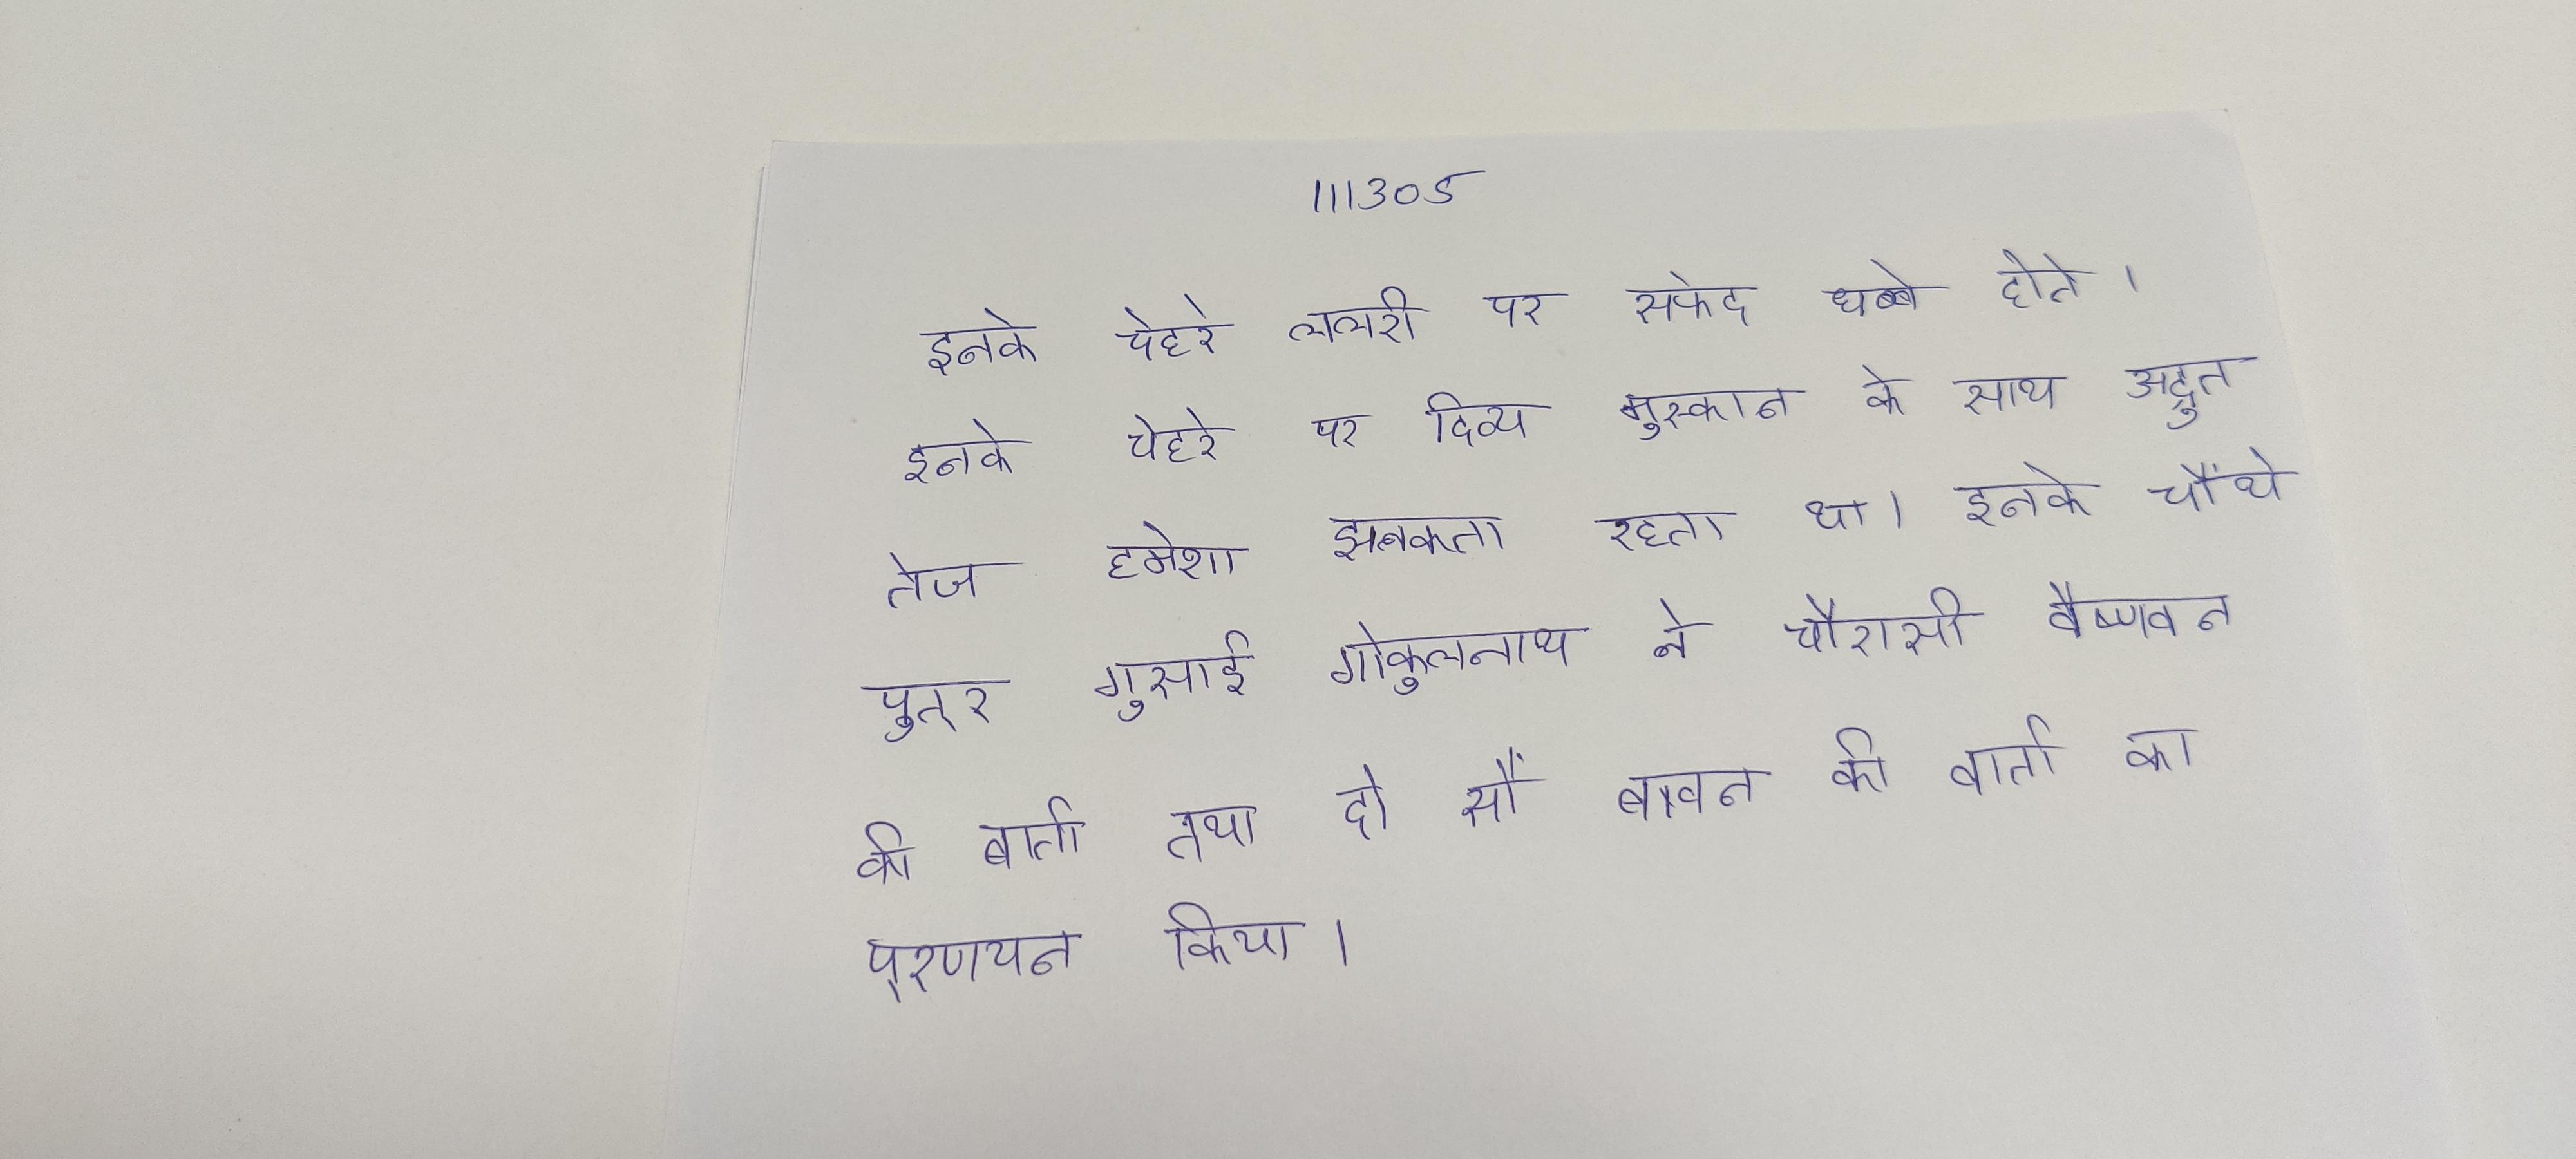
इनके चेहरे ललरी पर सफेद धब्बे होते । इनके चेहरे पर दिव्य मुस्कान के साथ अद्भुत तेज हमेशा झलकता रहता था । इनके चौथे पुत्र गुसाई गोकुलनाथ ने चौरासी वैष्णवन की बार्ता तथा दो सौ बावन वैष्णवन की वार्ता का प्रणयन किया ।